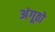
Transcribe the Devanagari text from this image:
अंगूठो